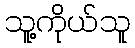
သူ့ကိုယ်သူ